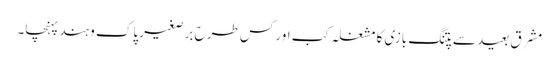
مشرقِ بعید سے پتنگ بازی کا مشغلہ کب اور کس طرح برصغیر پاک و ہند پہنچا۔